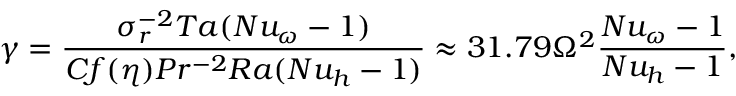
\gamma = \frac { \sigma _ { r } ^ { - 2 } T a ( N u _ { \omega } - 1 ) } { C f ( \eta ) P r ^ { - 2 } R a ( N u _ { h } - 1 ) } \approx 3 1 . 7 9 \Omega ^ { 2 } \frac { N u _ { \omega } - 1 } { N u _ { h } - 1 } ,